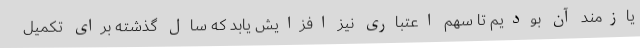
یازمند آن بودیم تا سهم اعتباری نیز افزایش یابد که سال گذشته برای تکمیل